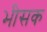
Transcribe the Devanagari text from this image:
भीसक